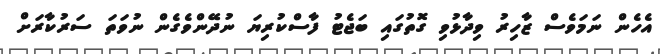
އެެހެން ނަމަވެސް ޒާހިރު ވިދާޅުވި ގޮތުގައި ބަޖެޓު ފާސްކުރިޔަ ނުދޭންވެގެން ނުވަތަ ސަރުކާރަށް